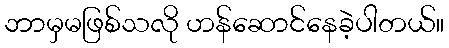
ဘာမှမဖြစ်သလို ဟန်ဆောင်နေခဲ့ပါတယ်။